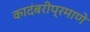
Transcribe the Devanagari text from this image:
कादंबरीप्रमाणे